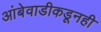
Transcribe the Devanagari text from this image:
आंबेवाडीकडूनही